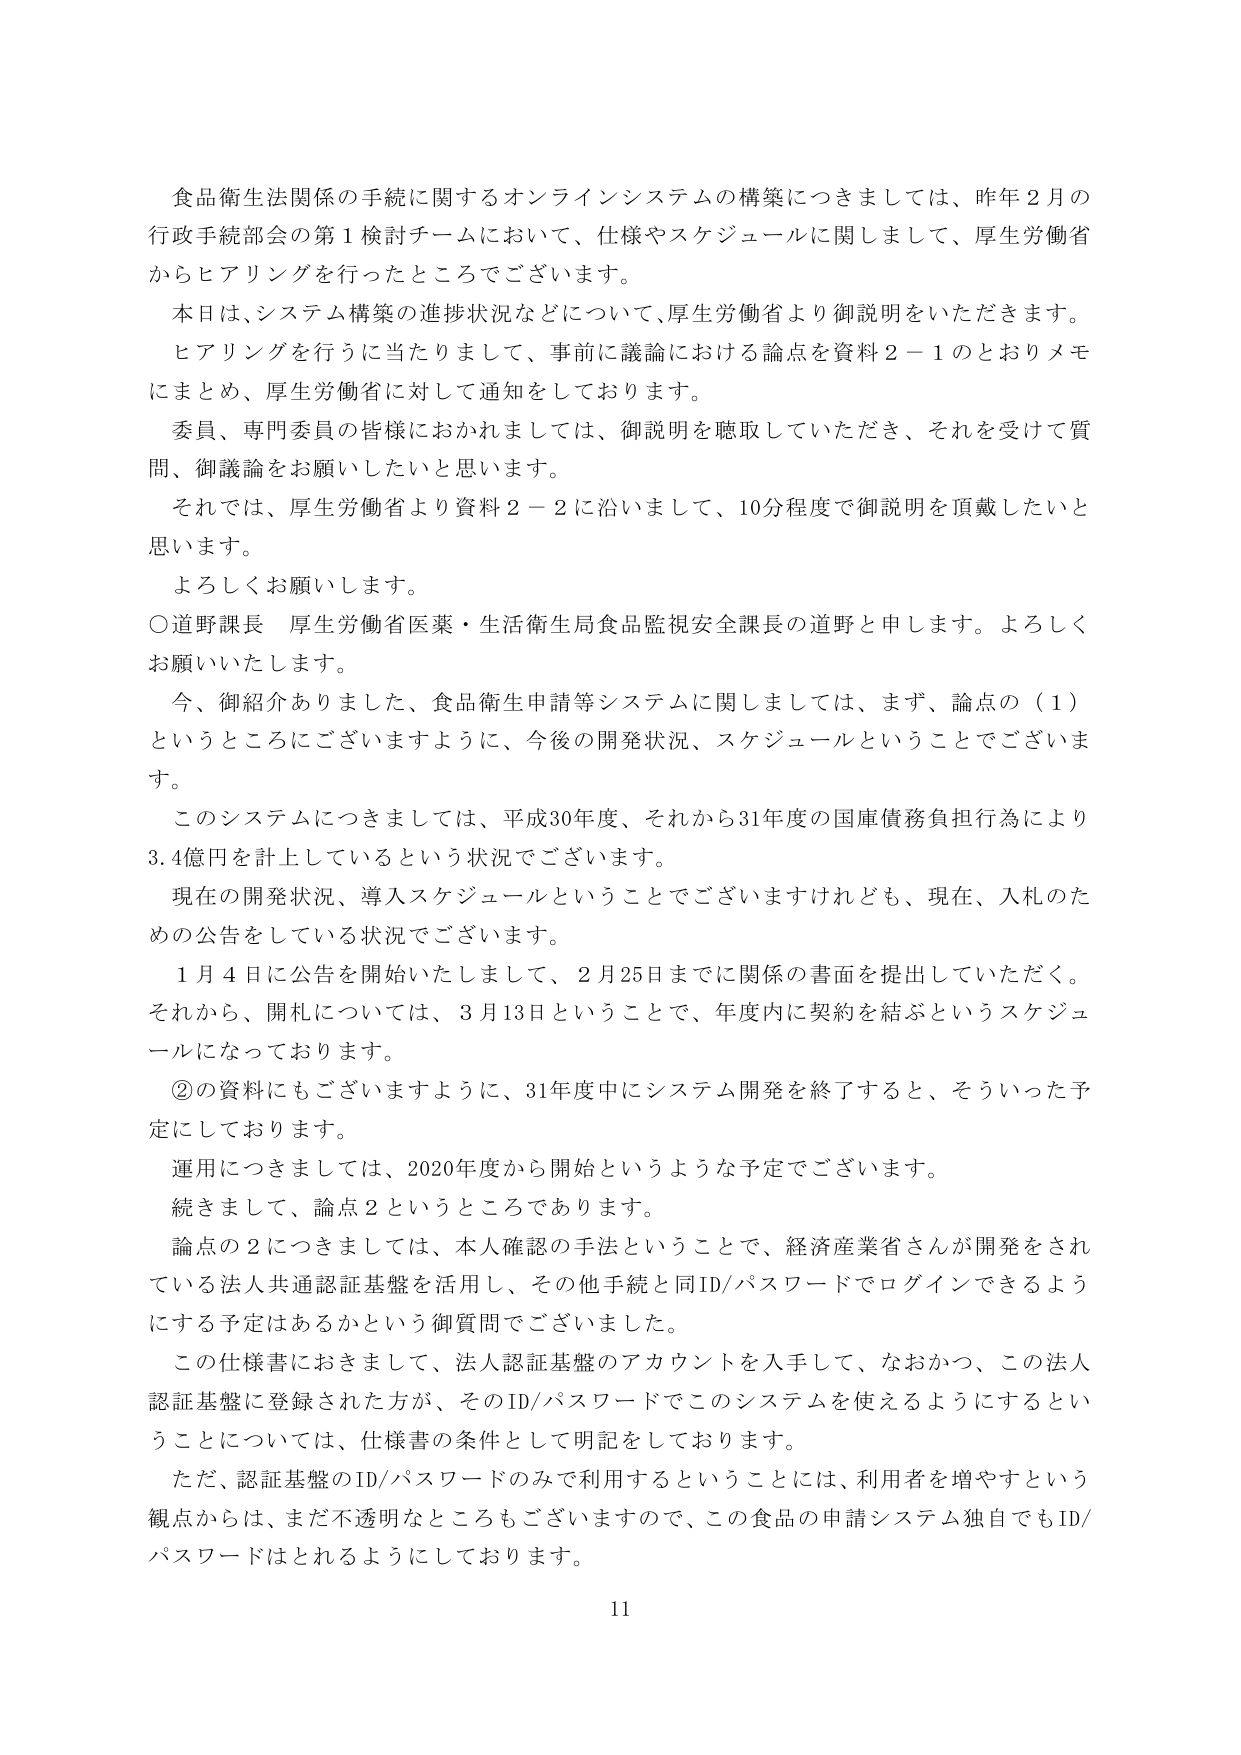
食品衛生法関係の手続に関するオンラインシステムの構築につきましては、昨年２月の行政手続部会の第１検討チームにおいて、仕様やスケジュールに関しまして、厚生労働省からヒアリングを行ったところでございます。

本日は、システム構築の進捗状況などについて、厚生労働省より御説明をいただきます。

ヒアリングを行うに当たりまして、事前に議論における論点を資料２－１のとおりメモにまとめ、厚生労働省に対して通知しております。

委員、専門委員の皆様におかれましては、御説明を聴取していただき、それを受けて質問、御議論をお願いしたいと思います。

それでは、厚生労働省より資料２－２に沿いまして、10分程度で御説明を頂戴したいと思います。

よろしくお願いします。

○道野課長 厚生労働省医薬・生活衛生局食品監視安全課長の道野と申します。よろしくお願いいたします。

今、御紹介ありました、食品衛生申請等システムに関しましては、まず、論点の（１）というところにございますように、今後の開発状況、スケジュールということでございます。

このシステムにつきましては、平成30年度、それから31年度の国庫債務負担行為により3.4億円を計上しているという状況でございます。

現在の開発状況、導入スケジュールということでございますけれども、現在、入札のための公告をしている状況でございます。

１月４日に公告を開始いたしまして、２月25日までに関係の書面を提出していただく。それから、開札については、３月13日ということで、年度内に契約を結ぶというスケジュールになっております。

②の資料にもございますように、31年度中にシステム開発を終了すると、そういった予定にしております。

運用につきましては、2020年度から開始というような予定でございます。

続きまして、論点２というところであります。

論点の２につきましては、本人確認の手法ということで、経済産業省さんが開発をされている法人共通認証基盤を活用し、その他手続と同ID/パスワードでログインできるようにする予定はあるかという御質問でございました。

この仕様書におきまして、法人認証基盤のアカウントを入手して、なおかつ、この法人認証基盤に登録された方が、そのID/パスワードでこのシステムを使えるようにするということについては、仕様書の条件として明記しております。

ただ、認証基盤のID/パスワードのみで利用するということには、利用者を増やすという観点からは、まだ不透明なところもございますので、この食品の申請システム独自でもID/パスワードはとれるようにしております。

11